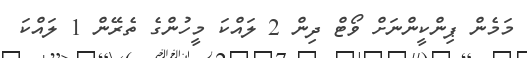
މަމެން ޕިންކީންނަށް ވޯޓް ދިން 2 ލައްކަ މީހުންގެ ތެރޭން 1 ލައްކަ